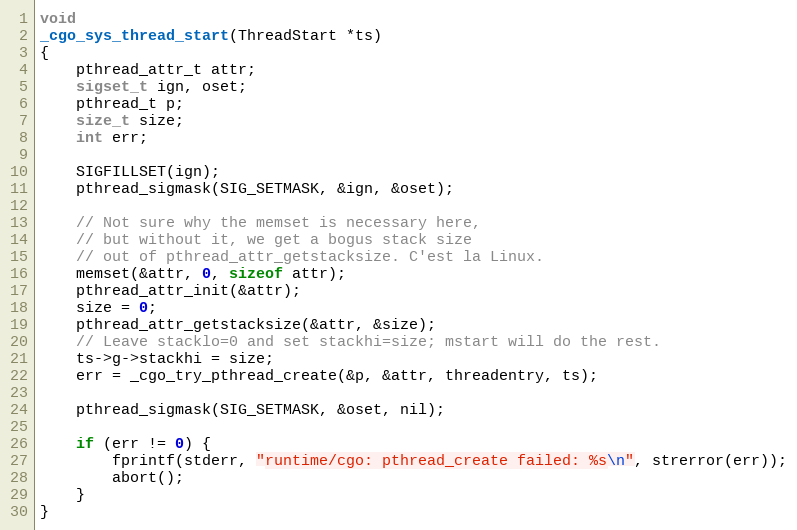
Language: C
void
_cgo_sys_thread_start(ThreadStart *ts)
{
	pthread_attr_t attr;
	sigset_t ign, oset;
	pthread_t p;
	size_t size;
	int err;

	SIGFILLSET(ign);
	pthread_sigmask(SIG_SETMASK, &ign, &oset);

	// Not sure why the memset is necessary here,
	// but without it, we get a bogus stack size
	// out of pthread_attr_getstacksize. C'est la Linux.
	memset(&attr, 0, sizeof attr);
	pthread_attr_init(&attr);
	size = 0;
	pthread_attr_getstacksize(&attr, &size);
	// Leave stacklo=0 and set stackhi=size; mstart will do the rest.
	ts->g->stackhi = size;
	err = _cgo_try_pthread_create(&p, &attr, threadentry, ts);

	pthread_sigmask(SIG_SETMASK, &oset, nil);

	if (err != 0) {
		fprintf(stderr, "runtime/cgo: pthread_create failed: %s\n", strerror(err));
		abort();
	}
}